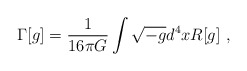
\begin{align*}\Gamma[g]={1 \over 16\pi G}\int \sqrt{-g}d^4x R[g]~,\end{align*}